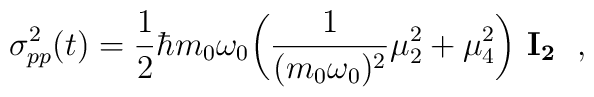
\sigma^2_{pp}(t) = {1\over 2} \hbar m_0\omega_0		\biggl( {1\over (m_0 \omega_0)^2 }\mu^2_2 +		\mu^2_4\biggr)  \ {\bf I_2} \ \ ,